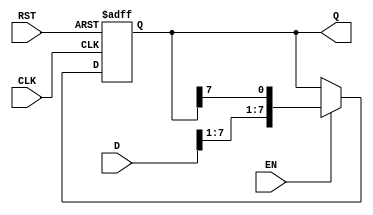
module ShiftRegister #(
    parameter N = 8 // Define the size of the shift register
) (
    input wire [N-1:0] D,    // Input data
    input wire CLK,           // Clock signal
    input wire RST,           // Reset signal
    input wire EN,            // Enable signal
    output reg [N-1:0] Q      // Output data
);

    // Always block sensitive to the rising edge of CLK or RST
    always @(posedge CLK or posedge RST) begin
        if (RST) begin
            Q <= 0; // Reset the register to 0
        end else if (EN) begin
            Q <= {D[N-1:1], Q[N-1]}; // Shift right and load new data
        end
    end

endmodule